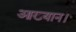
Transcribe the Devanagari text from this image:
आख्यान।